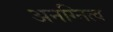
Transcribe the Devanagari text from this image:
अनग्नित्व